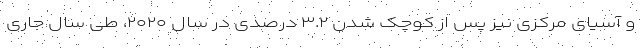
و آسیای مرکزی نیز پس از کوچک شدن ۳.۲ درصدی در سال ۲۰۲۰، طی سال جاری